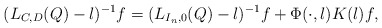
\begin{align*} (L_{C,D}(Q) - \l)^{-1} f = (L_{I_n,0}(Q) - \l)^{-1} f + \Phi(\cdot,\l) K(\l) f,\end{align*}